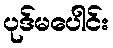
ပုဒ်မပေါင်း